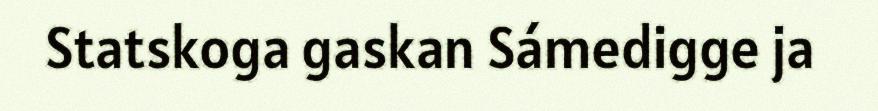
Statskoga gaskan Sámedigge ja